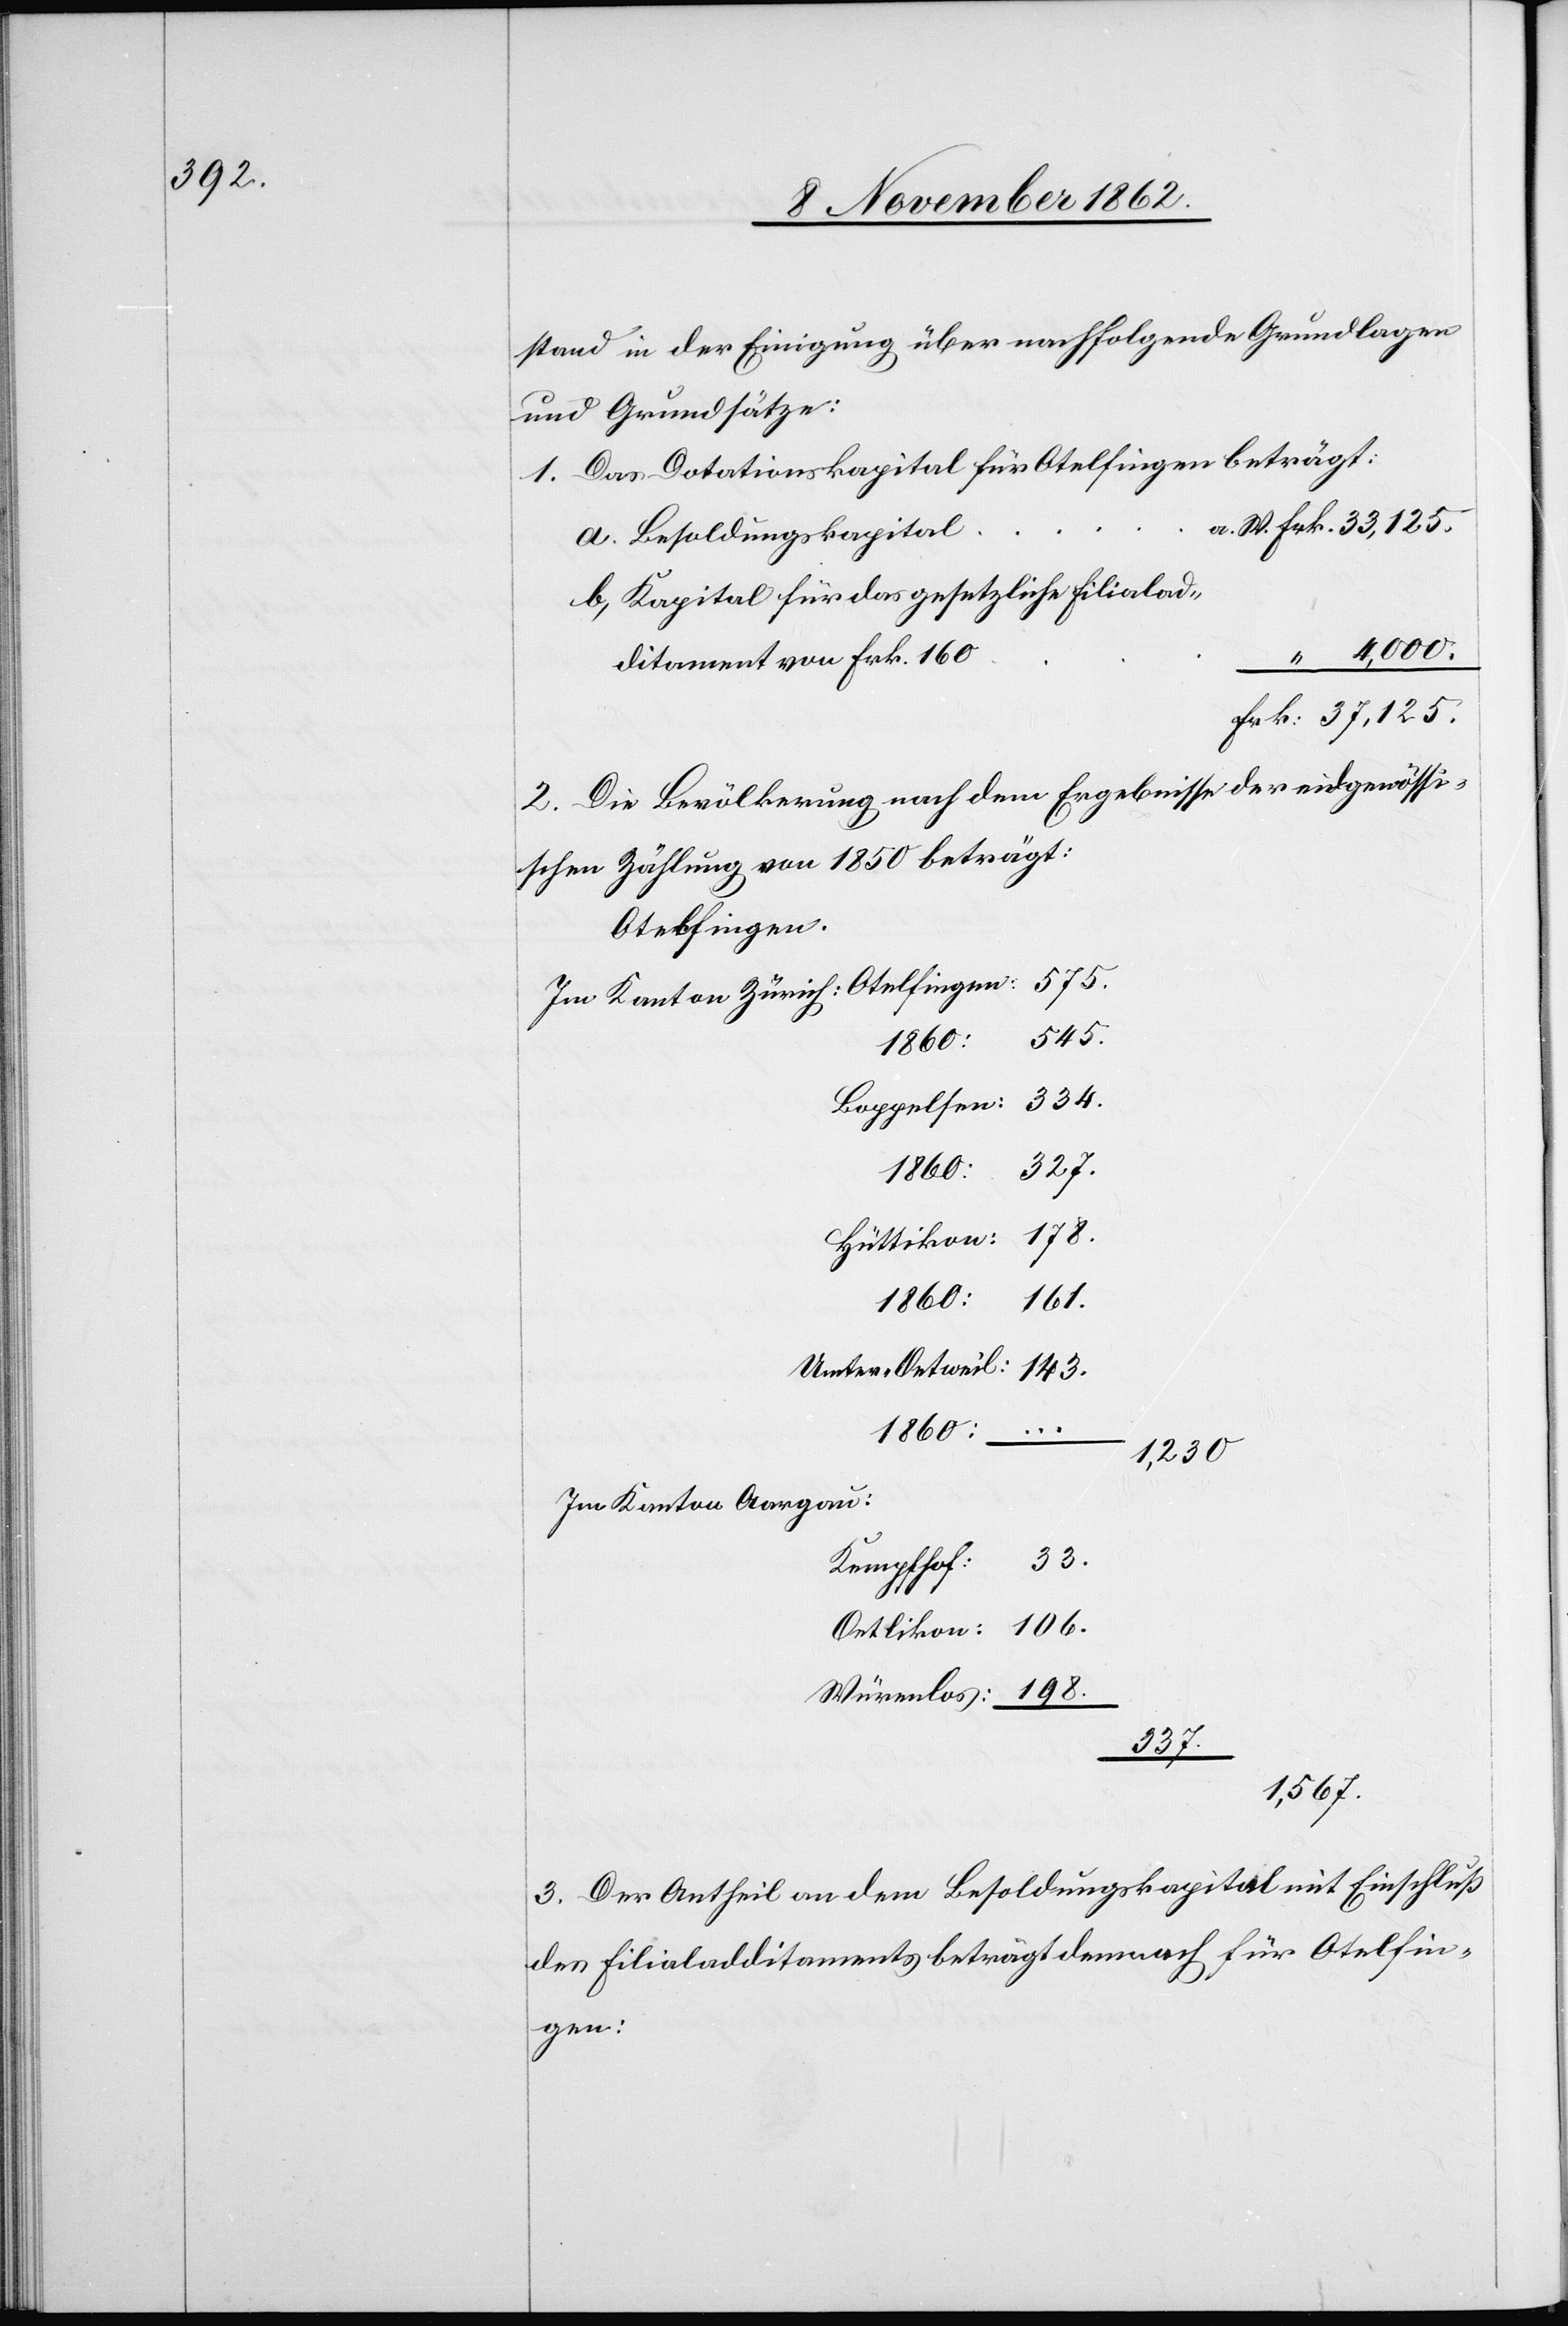
stand in der Einigung über nachfolgende Grundlagen
und Grundsätze:
1. Das Dotationskapital für Otelfingen beträgt:
a. Besoldungskapital
b. Kapital für das gesetzliche Filialad¬
ditament von Frk. 160
Würenlos
2. Die Bevölkerung nach dem Ergebnisse der eidgenössi¬
schen Zählung von 1850 beträgt:
Otelfingen:
575.
545.
4,000.
334.
Boppelsen:
198.
1860:
1,230
Im Kanton Aargau
33.
Kempthof:
337.
1,567.
3. Der Antheil an dem Besoldungskapital mit Einschluß
des Filialadditaments beträgt demnach für Otelfin¬
gen: